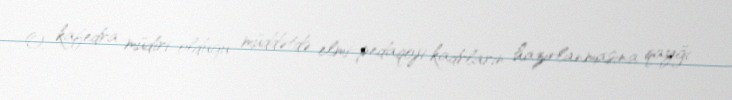
O, kafedra müdiri olduğu müddətdə elmi-pedaqoji kadrların hazırlanmasına qayğı